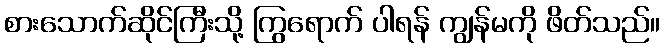
စားသောက်ဆိုင်ကြီးသို့ ကြွရောက် ပါရန် ကျွန်မကို ဖိတ်သည်။